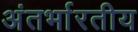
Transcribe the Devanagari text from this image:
अंतर्भारतीय